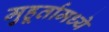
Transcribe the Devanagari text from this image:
मुहूर्तामध्ये